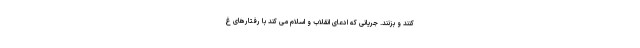
کنند و بزنند. جریانی که ادعای انقلاب و اسلام می کند با رفتارهای غ